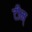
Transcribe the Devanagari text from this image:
टीम्